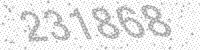
Solution: 231868